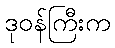
ဒုဝန်ကြီးက